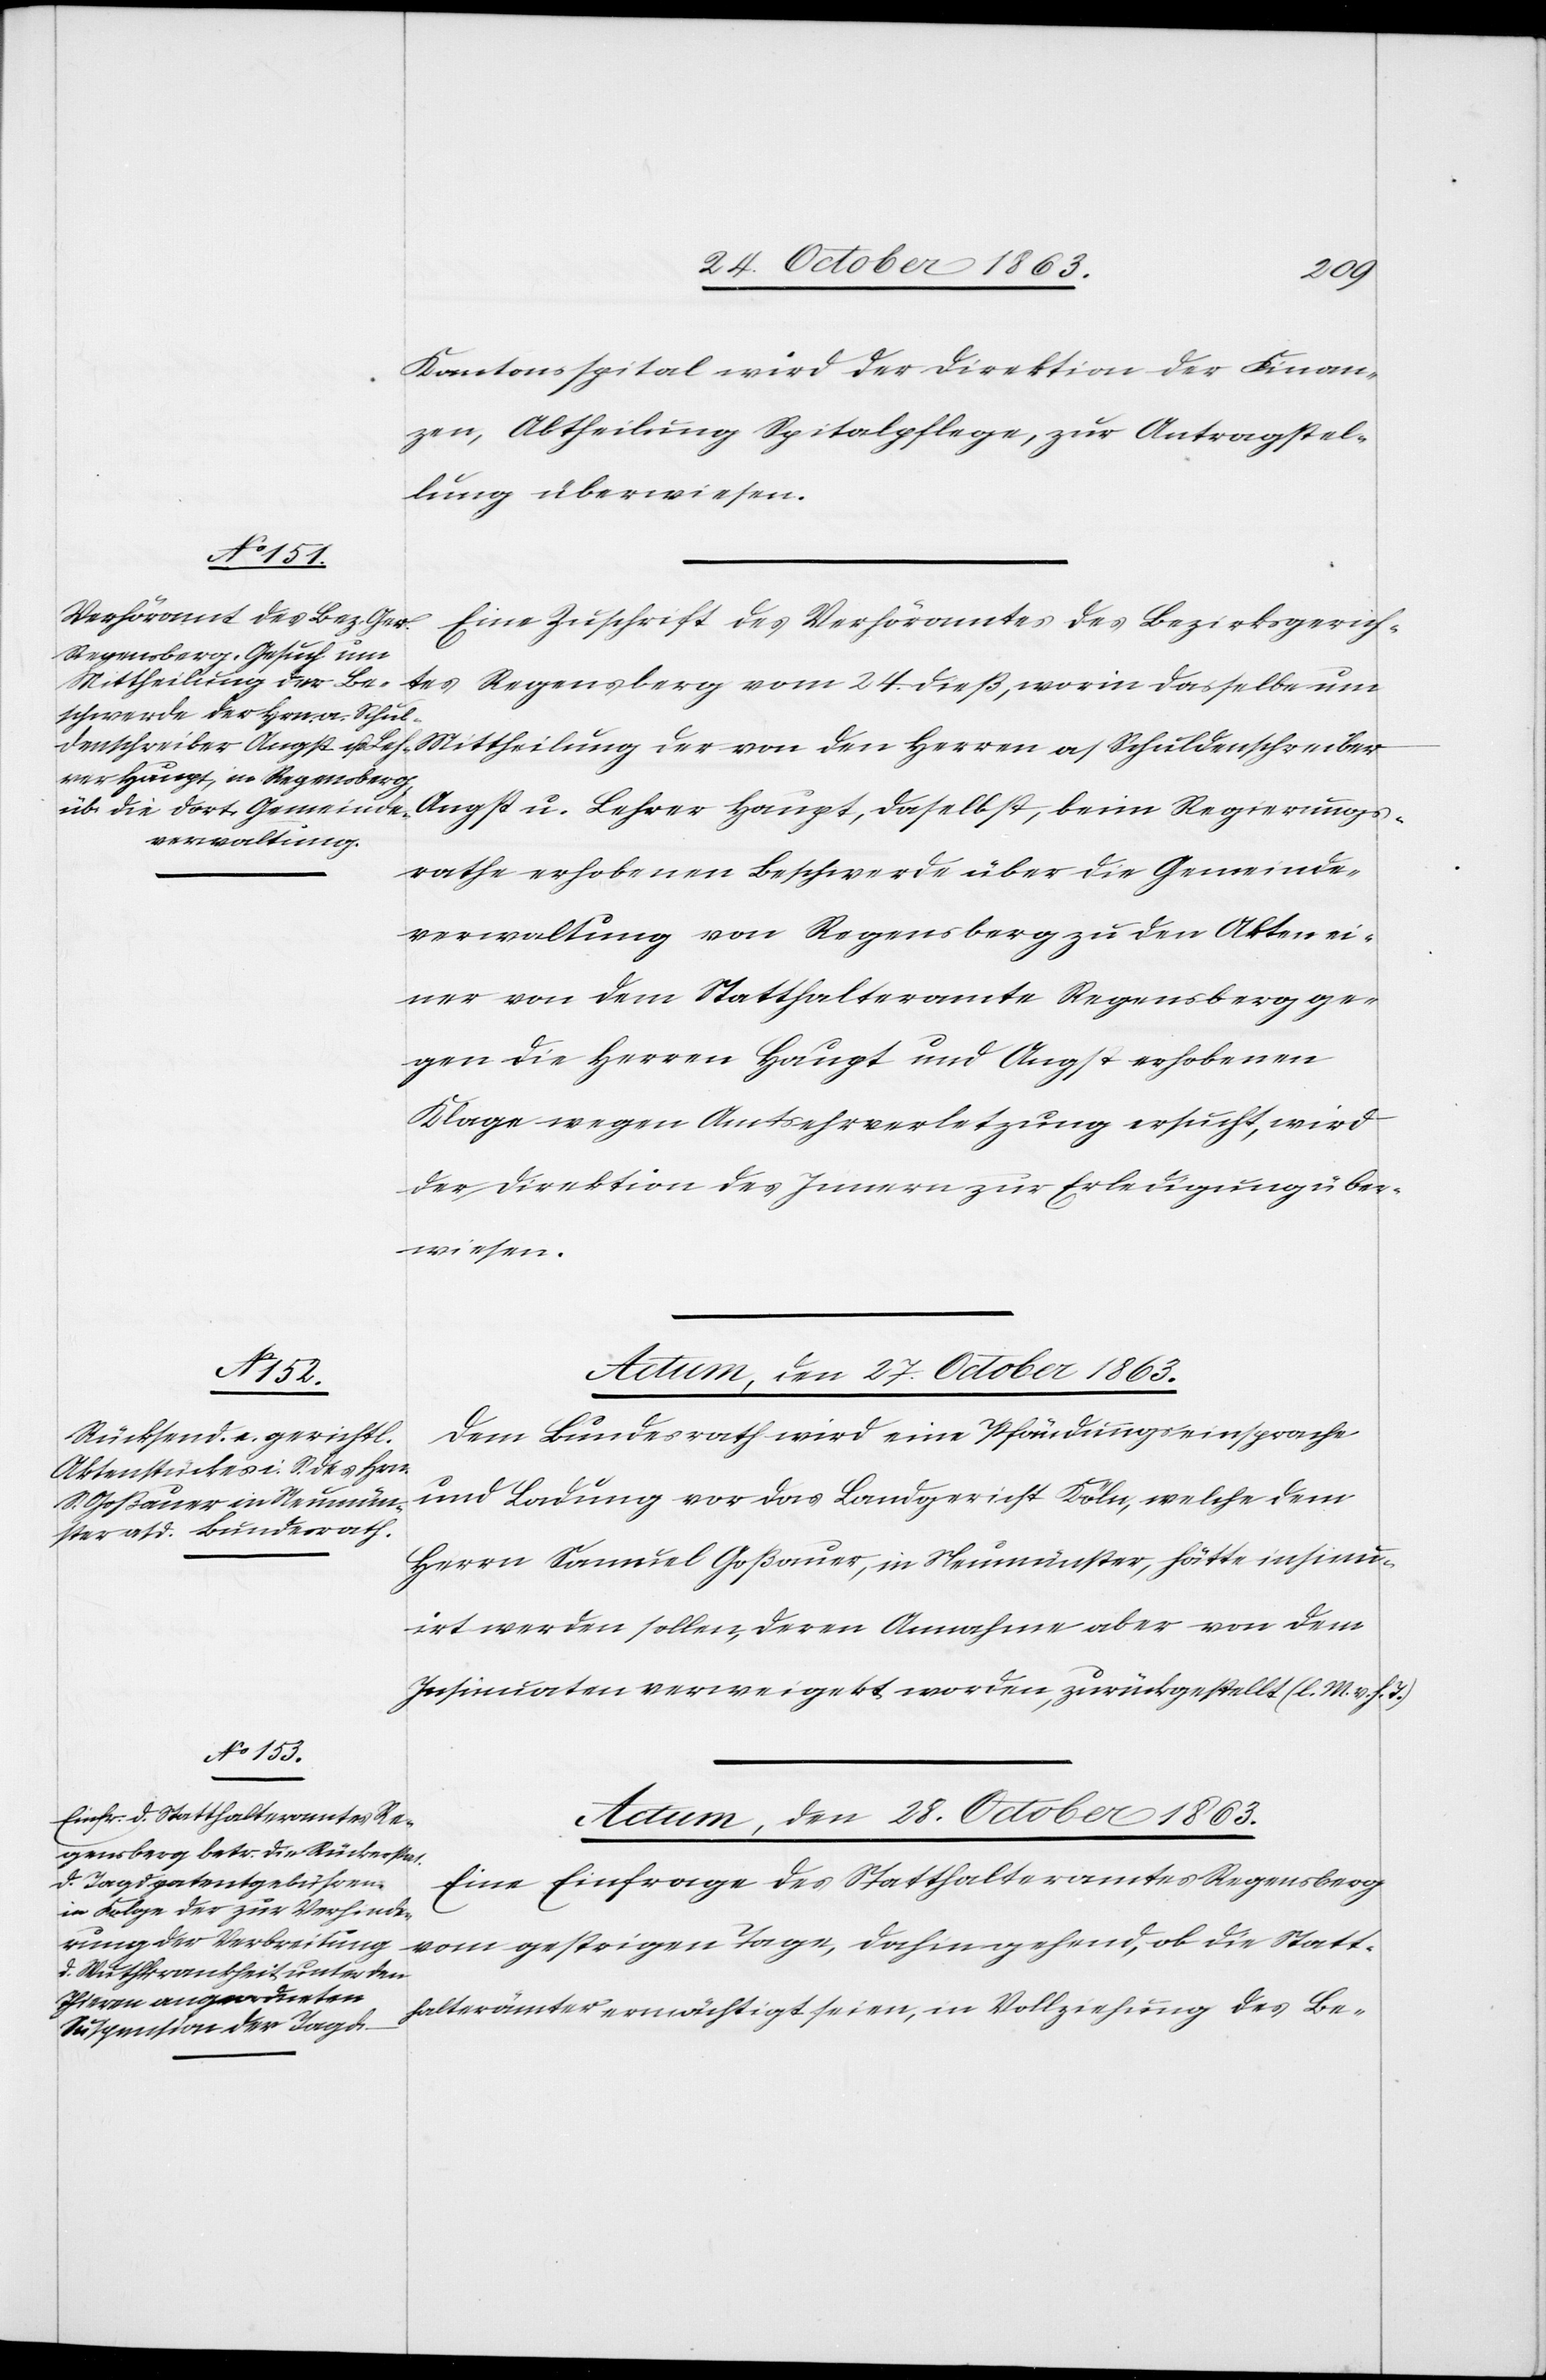
Statt¬
Kantonsspital wird der Direktion der Finan¬
zen, Abtheilung Spitalpflege, zur Antragstel¬
lung überwiesen.
Eine Zuschrift des Verhöramtes des Bezirksgerich¬
Angst u. Lehrer Haupt, daselbst, beim Regierungs¬
rathe erhobenen Beschwerde über die Gemeinde¬
verwaltung von Regensberg zu den Akten ei¬
ner von dem Statthalteramte Regensberg ge¬
gen die Herren Haupt und Angst erhobenen
Klage wegen Amtsehrverletzung ersucht, wird
der Direktion des Innern zur Erledigung über¬
wiesen.
Actum, den 27. October 1863.
Dem Bundesrath wird eine Pfändungseinsprache
und Ladung vor das Landgericht Köln, welche dem
Herrn Samuel Goßauer, in Neumünster, hätte insinu¬
irt werden sollen, deren Annahme aber von dem
Insinuaten verweigert worden, zurückgestellt (l. M. v. h. T.)
Actum, den 28. October 1863.
Eine Einfrage des Statthalteramtes Regensberg
halterämter ermächtigt seien, in Vollziehung des Be-